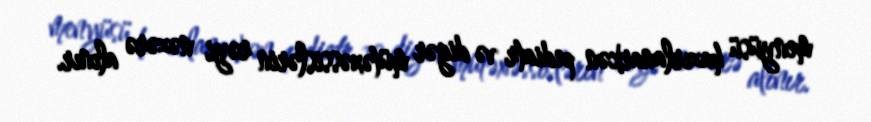
menyüsü hazırlanarkən pediatr və digər mütəxəssislərin rəyi nəzərə alınır.